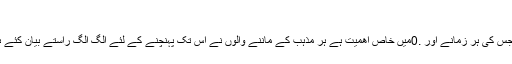
بدھ, نومبر 22, 2017 06:22
تسنیم نیوز کی رپورٹ کے مطابق: صلح معاشرہ اور سماج کے مہم مسائل میں سے ہے جس کی ہر زمانے اور .0میں خاص اهمیت ہے ہر مذہب کے ماننے والوں نے اس تک پہنچنے کے لئے الگ الگ راستے بیان کئے ہیں خاص کر ایسے زمانے م یں جہاں امن نہ ہونے کی وجہ سے لوگ قربان ہو رہے ہیں۔